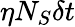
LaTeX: \eta N_{S}\delta t